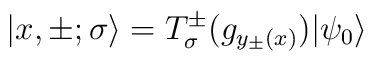
|x ,\pm;\sigma\rangle =T^{\pm}_\sigma (g_{y_{\pm}(x)})|\psi_{0}\rangle